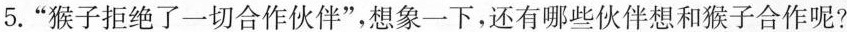
5.”猴子拒绝了一切合作伙伴”，想象一下，还有哪些伙伴想和猴子合作呢?